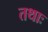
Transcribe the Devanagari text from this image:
तथाः